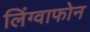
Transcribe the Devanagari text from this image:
लिंग्वाफोन